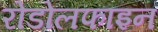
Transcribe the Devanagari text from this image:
रोडोलफाइन